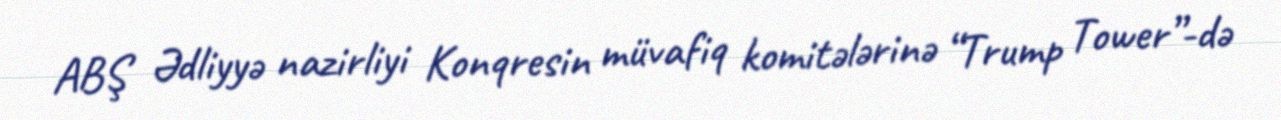
ABŞ Ədliyyə nazirliyi Konqresin müvafiq komitələrinə “Trump Tower”-də